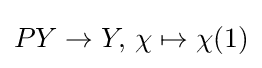
PY\to Y,\,\chi \mapsto \chi (1)